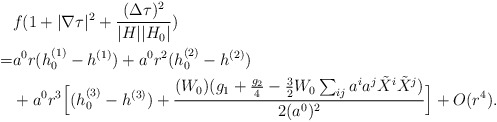
\begin{align*}&f (1 + |\nabla \tau|^2 + \frac{(\Delta \tau)^2}{|H||H_0|})\\= & a^0 r(h_0^{(1)} - h^{(1)}) + a^0 r^2 (h_0^{(2)} - h^{(2)}) \\&+ a^0 r^3 \Big [(h_0^{(3)} - h^{(3)}) + \frac{(W_0) ( g_1 + \frac{g_2}{4} -\frac{3}{2} W_0 \sum_{ij} a^ia^j\tilde {X}^i \tilde {X}^j ) }{2(a^0)^2} \Big ]+O(r^4).\end{align*}